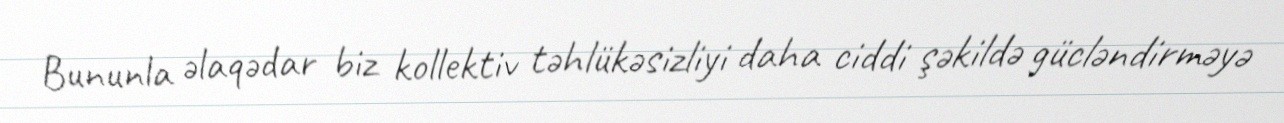
Bununla əlaqədar biz kollektiv təhlükəsizliyi daha ciddi şəkildə gücləndirməyə